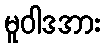
မူဝါဒအား